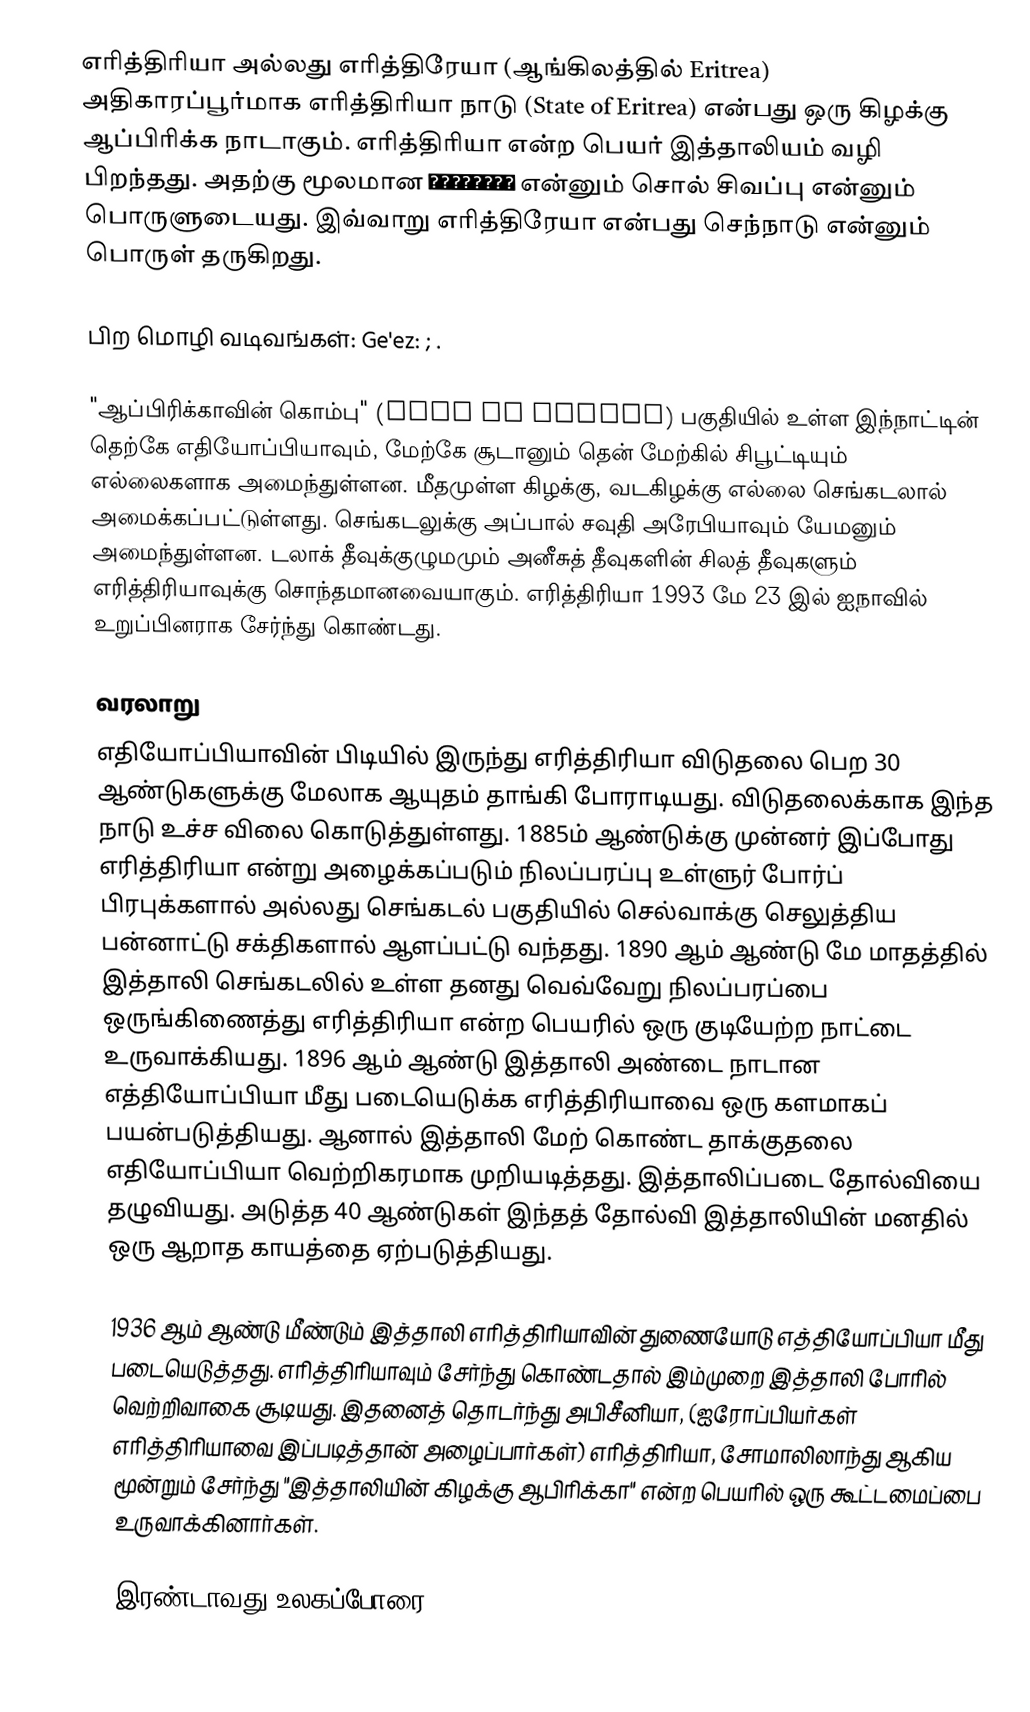
எரித்திரியா அல்லது எரித்திரேயா (ஆங்கிலத்தில்  Eritrea) அதிகாரப்பூர்மாக எரித்திரியா நாடு (State of Eritrea) என்பது  ஒரு கிழக்கு ஆப்பிரிக்க நாடாகும். எரித்திரியா என்ற பெயர் இத்தாலியம் வழி பிறந்தது. அதற்கு மூலமான Ἐρυθραίᾱ என்னும் சொல் சிவப்பு என்னும் பொருளுடையது. இவ்வாறு எரித்திரேயா என்பது செந்நாடு என்னும் பொருள் தருகிறது.

பிற மொழி வடிவங்கள்: Ge'ez:  ;  .

"ஆப்பிரிக்காவின் கொம்பு" (Horn of Africa) பகுதியில் உள்ள இந்நாட்டின் தெற்கே எதியோப்பியாவும், மேற்கே சூடானும் தென் மேற்கில் சிபூட்டியும் எல்லைகளாக அமைந்துள்ளன. மீதமுள்ள கிழக்கு, வடகிழக்கு எல்லை செங்கடலால் அமைக்கப்பட்டுள்ளது. செங்கடலுக்கு அப்பால் சவுதி அரேபியாவும் யேமனும் அமைந்துள்ளன. டலாக் தீவுக்குழுமமும் அனீசுத் தீவுகளின் சிலத் தீவுகளும் எரித்திரியாவுக்கு சொந்தமானவையாகும். எரித்திரியா 1993 மே 23 இல் ஐநாவில் உறுப்பினராக சேர்ந்து கொண்டது.

வரலாறு
எதியோப்பியாவின் பிடியில் இருந்து எரித்திரியா விடுதலை பெற 30 ஆண்டுகளுக்கு மேலாக ஆயுதம் தாங்கி போராடியது. விடுதலைக்காக இந்த நாடு உச்ச விலை கொடுத்துள்ளது. 1885ம் ஆண்டுக்கு முன்னர் இப்போது எரித்திரியா என்று அழைக்கப்படும் நிலப்பரப்பு உள்ளுர் போர்ப் பிரபுக்களால் அல்லது செங்கடல் பகுதியில் செல்வாக்கு செலுத்திய பன்னாட்டு சக்திகளால் ஆளப்பட்டு வந்தது. 1890 ஆம் ஆண்டு மே மாதத்தில் இத்தாலி செங்கடலில் உள்ள தனது வெவ்வேறு நிலப்பரப்பை ஒருங்கிணைத்து எரித்திரியா என்ற பெயரில் ஒரு குடியேற்ற நாட்டை உருவாக்கியது. 1896 ஆம் ஆண்டு இத்தாலி அண்டை நாடான எத்தியோப்பியா மீது படையெடுக்க எரித்திரியாவை ஒரு களமாகப் பயன்படுத்தியது. ஆனால் இத்தாலி மேற் கொண்ட தாக்குதலை எதியோப்பியா வெற்றிகரமாக முறியடித்தது. இத்தாலிப்படை தோல்வியை தழுவியது. அடுத்த 40 ஆண்டுகள் இந்தத் தோல்வி இத்தாலியின் மனதில் ஒரு ஆறாத காயத்தை ஏற்படுத்தியது.

1936 ஆம் ஆண்டு மீண்டும் இத்தாலி எரித்திரியாவின் துணையோடு எத்தியோப்பியா மீது படையெடுத்தது. எரித்திரியாவும் சேர்ந்து கொண்டதால் இம்முறை இத்தாலி போரில் வெற்றிவாகை சூடியது. இதனைத் தொடர்ந்து அபிசீனியா, (ஐரோப்பியர்கள் எரித்திரியாவை இப்படித்தான் அழைப்பார்கள்) எரித்திரியா, சோமாலிலாந்து ஆகிய மூன்றும் சேர்ந்து "இத்தாலியின் கிழக்கு ஆபிரிக்கா" என்ற பெயரில் ஒரு கூட்டமைப்பை உருவாக்கினார்கள்.

இரண்டாவது உலகப்போரை